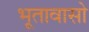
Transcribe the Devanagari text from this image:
भूतावासो